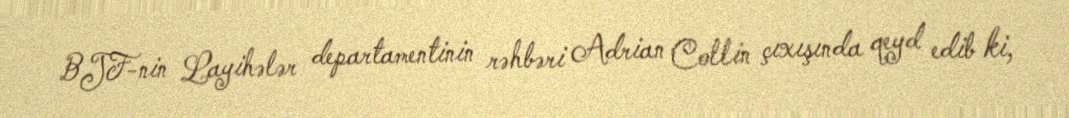
BJF-nin Layihələr departamentinin rəhbəri Adrian Collin çıxışında qeyd edib ki,